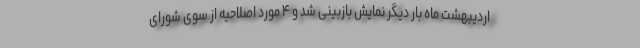
اردیبهشت ماه بار دیگر نمایش بازبینی شد و ۴ مورد اصلاحیه از سوی شورای